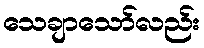
သေချာသော်လည်း